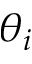
\theta _ { i }